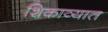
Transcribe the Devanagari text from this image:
शिकाव्यात